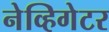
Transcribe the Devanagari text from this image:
नेव्हिगेटर